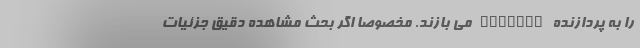
را به پردازنده Novatek می بازند. مخصوصا اگر بحث مشاهده دقیق جزئیات